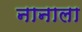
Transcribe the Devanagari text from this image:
नानाला